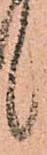
候